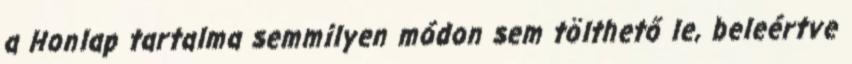
a Honlap tartalma semmilyen módon sem tölthető le, beleértve